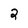
Character: 2